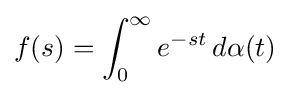
f(s)=\int _{0}^{\infty }e^{-st}\,d\alpha (t)